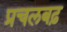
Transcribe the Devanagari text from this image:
प्रचलबढ़